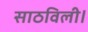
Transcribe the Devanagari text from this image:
साठविली।